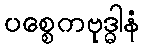
ပစ္စေကဗုဒ္ဓါနံ